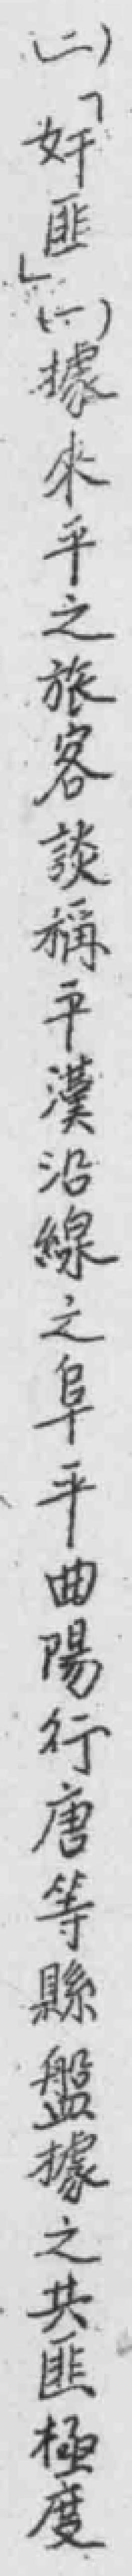
（二）奸匪（一）據來平之旅客談稱平漢沿線之阜平曲陽行唐等縣盤據之共匪極度